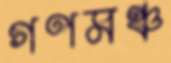
গণমঞ্চ